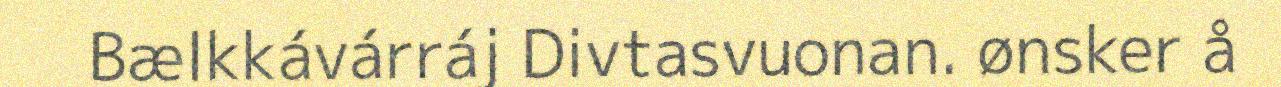
Bælkkávárráj Divtasvuonan. ønsker å